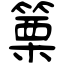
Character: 篥